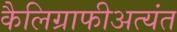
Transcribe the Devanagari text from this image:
कैलिग्राफीअत्यंत